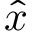
\hat { x }